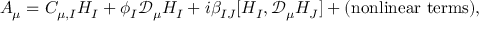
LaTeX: A _ { \mu } = C _ { \mu , I } H _ { I } + \phi _ { I } { \mathcal D } _ { \mu } H _ { I } + i \beta _ { I J } [ H _ { I } , { \mathcal D } _ { \mu } H _ { J } ] + \mathrm { ( n o n l i n e a r ~ t e r m s ) } ,